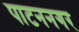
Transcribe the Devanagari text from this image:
पाटननगर